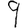
Digit: 9